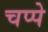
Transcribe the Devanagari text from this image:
चप्पे